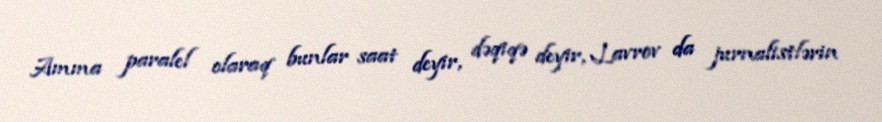
Amma paralel olaraq bunlar saat deyir, dəqiqə deyir, Lavrov da jurnalistlərin